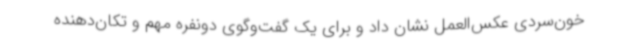
خون‌سردی عکس‌العمل نشان داد و برای یک گفت‌وگوی دونفره مهم و تکان‌دهنده